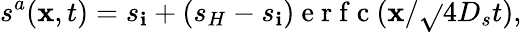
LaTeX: s^{a}(\mathbf{x},t)=s_{\mathbf{i}}+(s_{H}-s_{\mathbf{i}})\mathrm{{~e~r~f~c~}}(\mathbf{x}/\sqrt{}{{4D_{s}t}}),